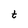
Character: t